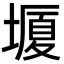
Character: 𡐯